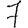
Digit: 7